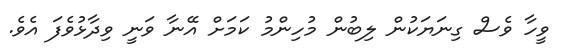
ވީހާ ވެސް ގިނަޔަކުން ލިބުން މުހިންމު ކަމަށް އޭނާ ވަނީ ވިދާޅުވެފަ އެވެ.